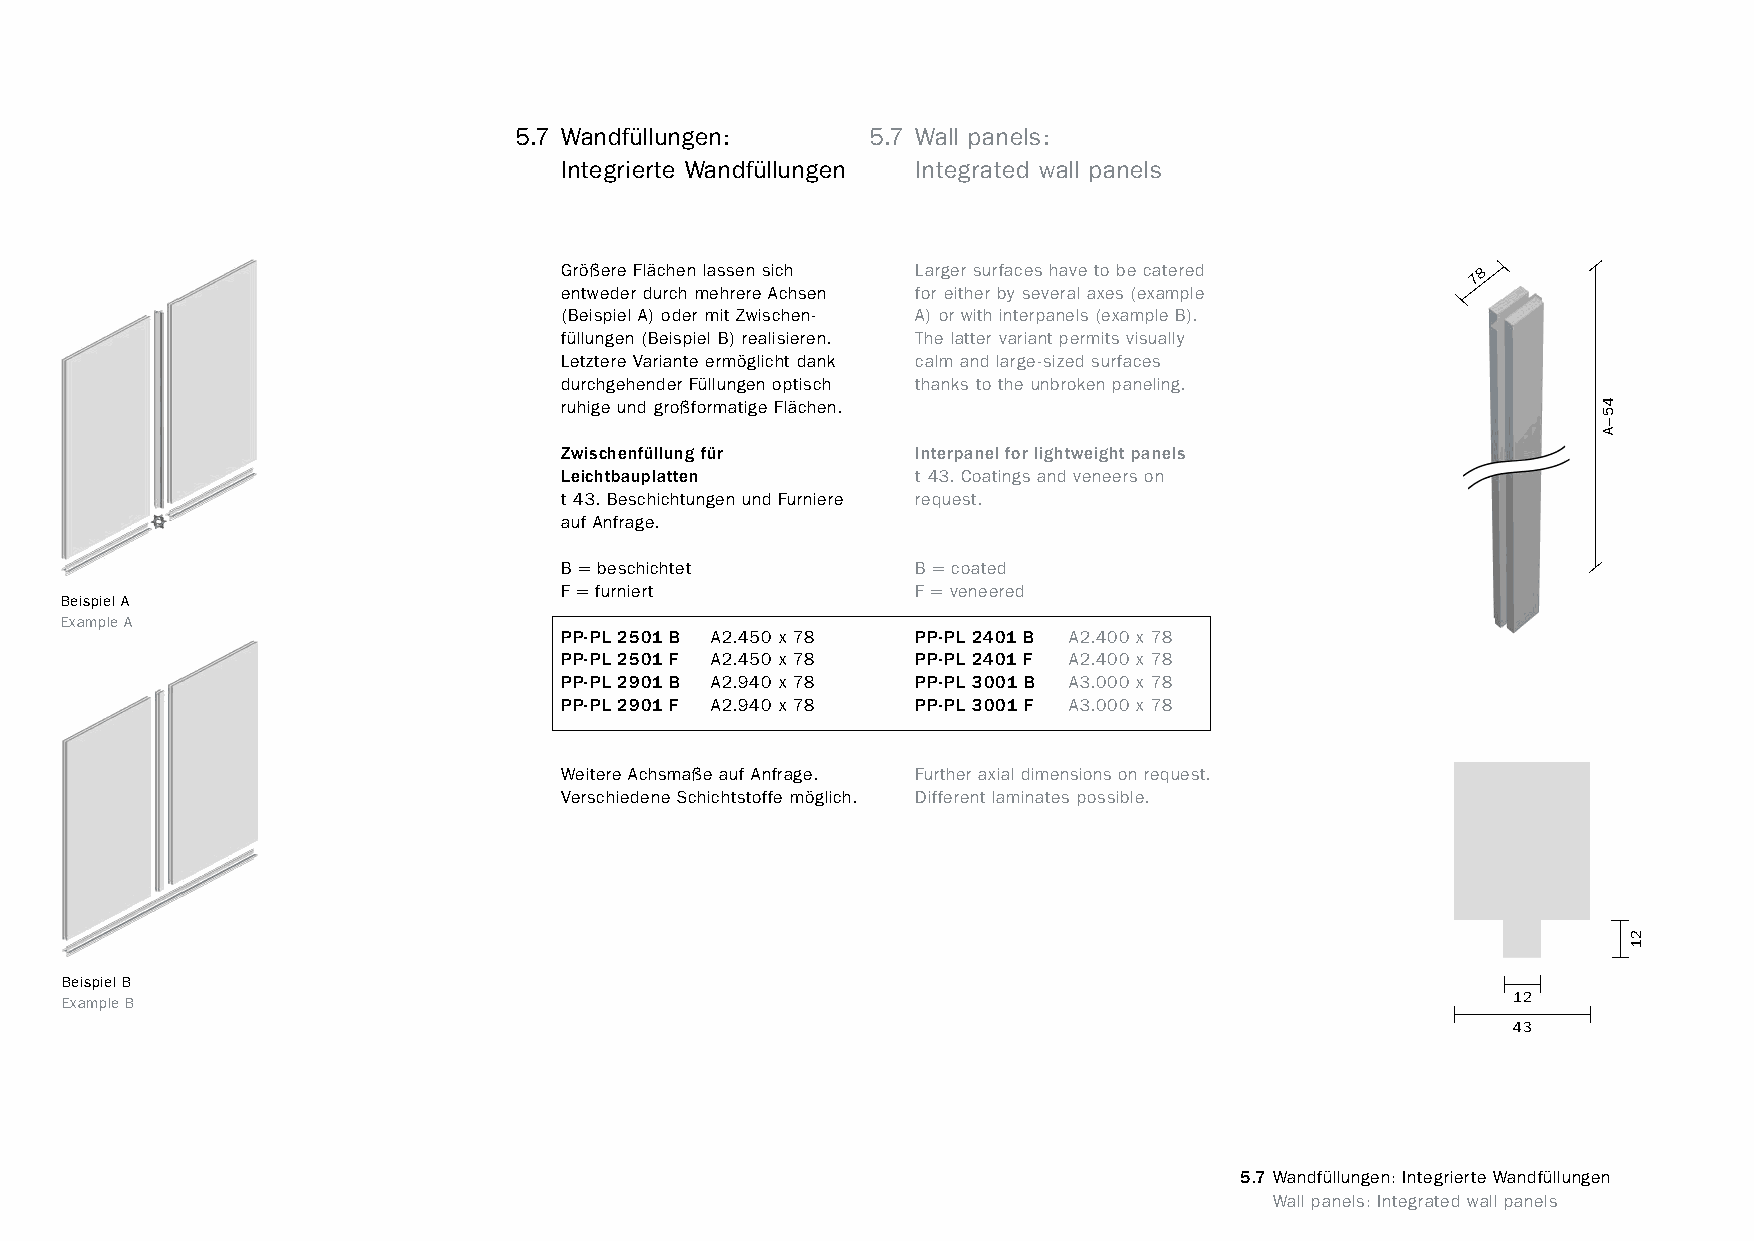
constructivpila petite        5.7 Wandfüllungen:      5.7 Wall panels:
 Integrierte Wandfüllungen Integrated wall panels
 Größere Flächen lassen sich Larger surfaces have to be catered 78
 entweder durch mehrere Achsen for either by several axes (example
 (Beispiel A) oder mit Zwischen- A) or with interpanels (example B).
 füllungen (Beispiel B) realisieren. The latter variant permits visually
 Letztere Variante ermöglicht dank calm and large-sized surfaces
 durchgehender Füllungen optisch thanks to the unbroken paneling.
 ruhige und großformatige Flächen.
 Zwischenfüllung für     Interpanel for lightweight panels
 Leichtbauplatten        t 43. Coatings and veneers on
 t 43. Beschichtungen und Furniere request.
 auf Anfrage.
 B = beschichtet         B = coated
 F = furniert            F = veneered
 BeispielA
 ExampleA
 PP-PL 2501 B A2.450 x 78 PP-PL 2401 B A2.400 x 78
 PP-PL 2501 F A2.450 x 78 PP-PL 2401 F A2.400 x 78
 PP-PL 2901 B A2.940 x 78 PP-PL 3001 B A3.000 x 78
 PP-PL 2901 F A2.940 x 78 PP-PL 3001 F A3.000 x 78
 Weitere Achsmaße auf Anfrage. Further axial dimensions on request.
 Verschiedene Schichtstoffe möglich. Different laminates possible.
 BeispielB
 ExampleB                                                                                        12
 43
 5.7 Wandfüllungen: Integrierte Wandfüllungen
 www.burkhardtleitner.de                                                         Wall panels: Integrated wall panels
 45–A
 21